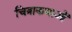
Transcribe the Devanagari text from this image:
चित्राकथाओं